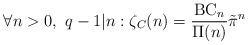
LaTeX: \begin{align*}\forall n>0,~ q-1|n: \zeta_C(n)=\frac{\operatorname{BC}_n}{\Pi(n)}\tilde{\pi}^n\end{align*}